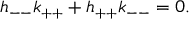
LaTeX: h _ { -- } k _ { + + } + h _ { + + } k _ { -- } = 0 .